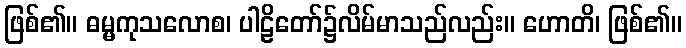
ဖြစ်၏။ ဓမ္မကုသလောစ၊ ပါဠိတော်၌လိမ်မာသည်လည်း။ ဟောတိ၊ ဖြစ်၏။